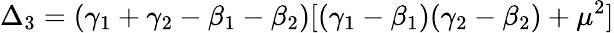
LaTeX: \Delta_{3}=(\gamma_{1}+\gamma_{2}-\beta_{1}-\beta_{2})[(\gamma_{1}-\beta_{1})(\gamma_{2}-\beta_{2})+\mu^{2}]